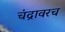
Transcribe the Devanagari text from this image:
चंद्रावरच